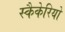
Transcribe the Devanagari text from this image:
स्कैकेरियो